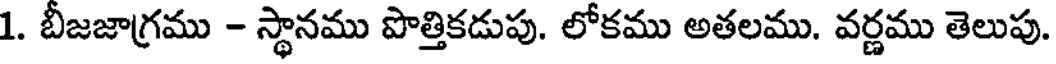
1. బీజజాగ్రము - స్థానము పొత్తికడుపు. లోకము అతలము. వర్ణము తెలుపు.